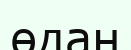
өдан